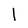
Character: l